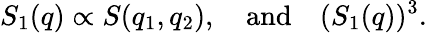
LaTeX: S_{1}(q)\propto S(q_{1},q_{2}),\quad\mathrm{and}\quad(S_{1}(q))^{3}.